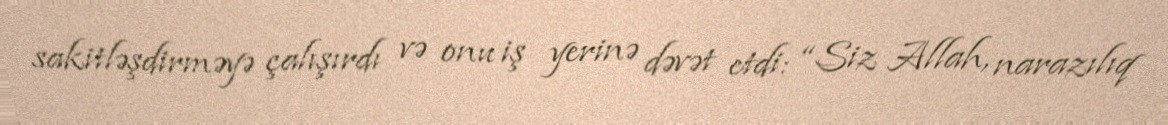
sakitləşdirməyə çalışırdı və onu iş yerinə dəvət etdi: “Siz Allah, narazılıq